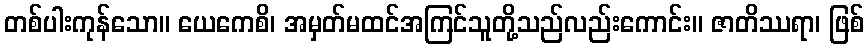
တစ်ပါးကုန်သော။ ယေကေစိ၊ အမှတ်မထင်အကြင်သူတို့သည်လည်းကောင်း။ ဇာတိဿရာ၊ ဖြစ်